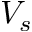
V _ { s }